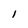
Character: l